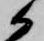
候